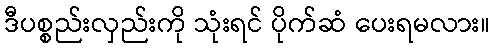
ဒီပစ္စည်းလှည်းကို သုံးရင် ပိုက်ဆံ ပေးရမလား။